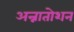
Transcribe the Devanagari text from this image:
अन्नातोशन